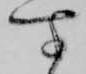
す